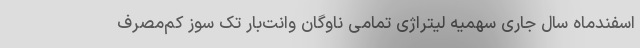
اسفندماه سال جاری سهمیه لیتراژی تمامی ناوگان وانت‌بار تک سوز کم‌مصرف